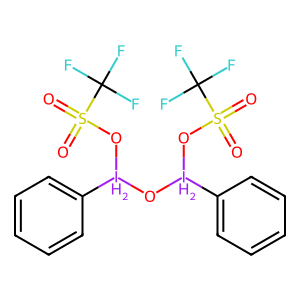
SMILES: O=S(=O)(O[IH2](O[IH2](OS(=O)(=O)C(F)(F)F)c1ccccc1)c1ccccc1)C(F)(F)F
Inhibits HIV replication: No